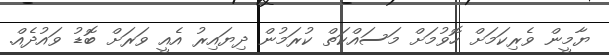
ޔާމީން ވެރިކަމަށް ހޮވުމަށް މަސައްކަތް ކުރަމުން ދިޔައިރު އެއީ ވަރަށް ބޮޑު ވައުދެއް.